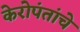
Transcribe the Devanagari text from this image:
केरोपंतांचे